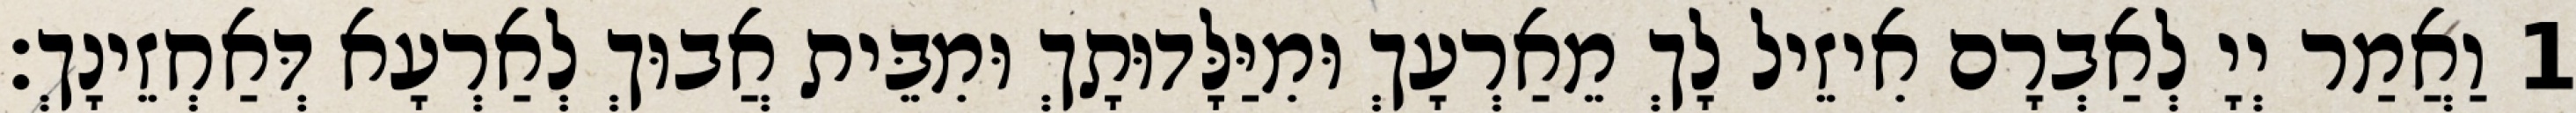
1 וַאֲמַר יְיָ לְאַבְרָם אִיזֵיל לָךְ מֵאַרְעָךְ וּמִיַּלָּדוּתָךְ וּמִבֵּית אֲבוּךְ לְאַרְעָא דְּאַחְזֵינָךְ׃